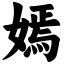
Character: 嫣